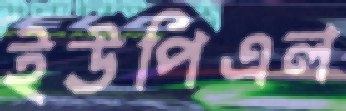
ইউপিএল